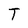
Character: T